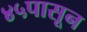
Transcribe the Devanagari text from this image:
४५पासून